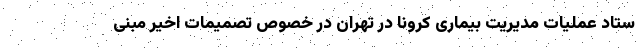
ستاد عملیات مدیریت بیماری کرونا در تهران در خصوص تصمیمات اخیر مبنی